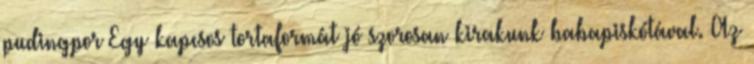
pudingpor Egy kapcsos tortaformát jó szorosan kirakunk babapiskótával. Az